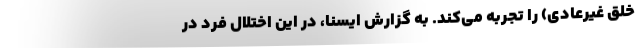
خلق غیرعادی) را تجربه می‌کند. به گزارش ایسنا، در این اختلال فرد در